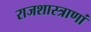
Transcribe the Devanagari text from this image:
राजशास्त्राणां